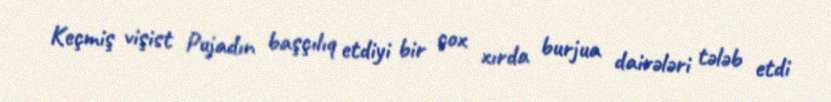
Keçmiş vişist Pujadın başçılıq etdiyi bir çox xırda burjua dairələri tələb etdi